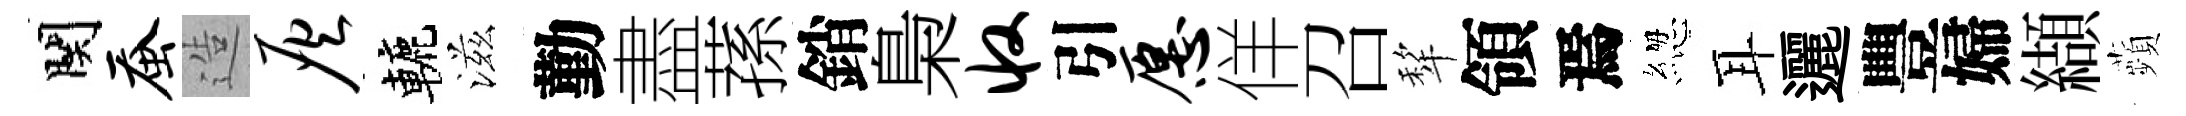
関蚕造灰轆滋勤盡蓀銷梟收引愿佯召犂領焉緫耳邐豐婦纈蘋